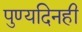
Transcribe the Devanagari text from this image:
पुण्यदिनही